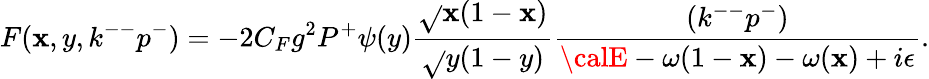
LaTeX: F(\mathbf{x},y,k^{--}p^{-})=-2C_{F}g^{2}P^{+}\psi(y){\frac{{\sqrt{}{{\mathbf{x}(1-\mathbf{x})}}}}{{\sqrt{}{{y(1-y)}}}}}{\frac{{(k^{--}p^{-})}}{{{\calE}-\omega(1-\mathbf{x})-\omega(\mathbf{x})+i\epsilon}}}.